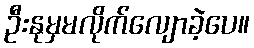
ဦးနုမှမလိုက်လျောခဲ့ပေ။